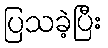
ပြသခဲ့ပြီး